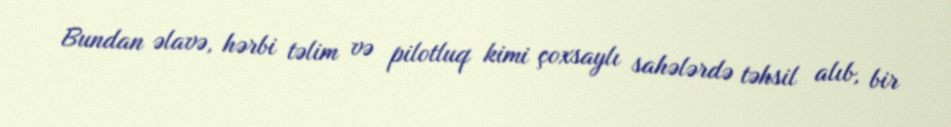
Bundan əlavə, hərbi təlim və pilotluq kimi çoxsaylı sahələrdə təhsil alıb, bir